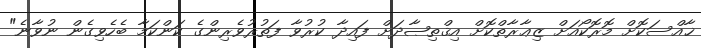
ޚާއްސަކޮށް މޮރޮކޯއަށް ޒިޢާރާތްކޮށް އިޤްތިޞާދަށް ފައިދާ ކުރުވާ ފަތުރުވެރިންގެ ކަންކަމާ ބެހެވިގެން ނުވާނެ"